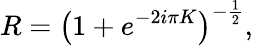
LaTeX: R=\left(1+e^{-2i\pi K}\right)^{-\frac{1}{2}},